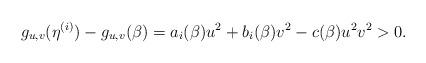
LaTeX: \begin{align*}g_{u,v}(\eta^{(i)})- g_{u,v}(\beta)=a_i(\beta)u^2+b_i(\beta)v^2-c(\beta)u^2v^2 > 0.\end{align*}